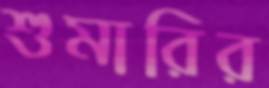
শুমারির